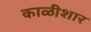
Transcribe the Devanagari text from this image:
काळीशार